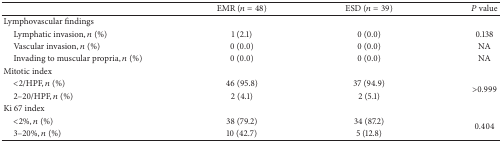
<table><thead><tr><td><b> </b></td><td><b>EMR (<i>n</i> = 48)</b></td><td><b>ESD (<i>n</i> = 39)</b></td><td><b><i>P</i> value</b></td></tr></thead><tbody><tr><td>Lymphovascular findings</td><td> </td><td> </td><td> </td></tr><tr><td> Lymphatic invasion, <i>n</i> (%)</td><td>1 (2.1)</td><td>0 (0.0)</td><td>0.138</td></tr><tr><td> Vascular invasion, <i>n</i> (%)</td><td>0 (0.0)</td><td>0 (0.0)</td><td>NA</td></tr><tr><td> Invading to muscular propria, <i>n</i> (%)</td><td>0 (0.0)</td><td>0 (0.0)</td><td>NA</td></tr><tr><td>Mitotic index</td><td> </td><td> </td><td> </td></tr><tr><td> &lt;2/HPF, <i>n</i> (%)</td><td>46 (95.8)</td><td>37 (94.9)</td><td rowspan="2">&gt;0.999</td></tr><tr><td> 2–20/HPF, <i>n</i> (%)</td><td>2 (4.1)</td><td>2 (5.1)</td></tr><tr><td>Ki 67 index </td><td> </td><td> </td><td> </td></tr><tr><td> &lt;2%, <i>n</i> (%)</td><td>38 (79.2)</td><td>34 (87.2)</td><td rowspan="2">0.404</td></tr><tr><td> 3–20%, <i>n</i> (%)</td><td>10 (42.7)</td><td>5 (12.8)</td></tr></tbody></table>